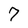
Character: 7